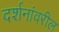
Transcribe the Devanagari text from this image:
दर्शनांवरील